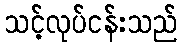
သင့်လုပ်ငန်းသည်